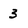
Character: 3